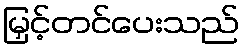
မြှင့်တင်ပေးသည်